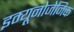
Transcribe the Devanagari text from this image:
इम्यूनोजेनिक